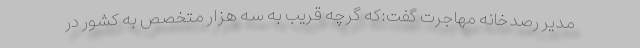
مدیر رصدخانه مهاجرت گفت:كه گرچه قریب به سه هزار متخصص به كشور در